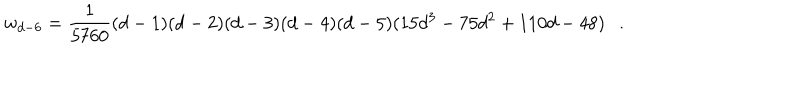
w _ { d - 6 } = { \frac { 1 } { 5 7 6 0 } } ( d - 1 ) ( d - 2 ) ( d - 3 ) ( d - 4 ) ( d - 5 ) ( 1 5 d ^ { 3 } - 7 5 d ^ { 2 } + 1 1 0 d - 4 8 ) .